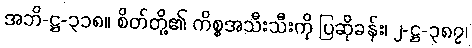
အဘိ-ဋ္ဌ-၃၁၈။ စိတ်တို့၏ ကိစ္စအသီးသီးကို ပြဆိုခန်း၊ ၂-ဋ္ဌ-၃၈၇၊